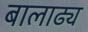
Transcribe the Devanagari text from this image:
बालाढ्य